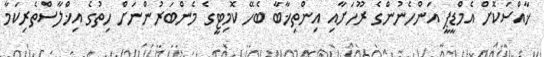
ޚާއްސަކޮށް އެމްޑީޕީ އަންހެނުންގެ ރޫހަށާއި އިންތިޚާބާ ބެހޭ ކޮމިޓީގެ މެންބަރުންނަށް ހިތުގެ އިޚްލާސްތެރިކަމާ